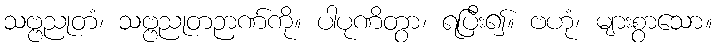
သဗ္ဗညုတံ၊ သဗ္ဗညုတဉာဏ်ကို။ ပါပုဏိတွာ၊ ရပြီး၍။ ဗဟုံ၊ များစွာသော။